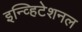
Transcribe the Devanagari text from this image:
इन्व्हिटेशनल